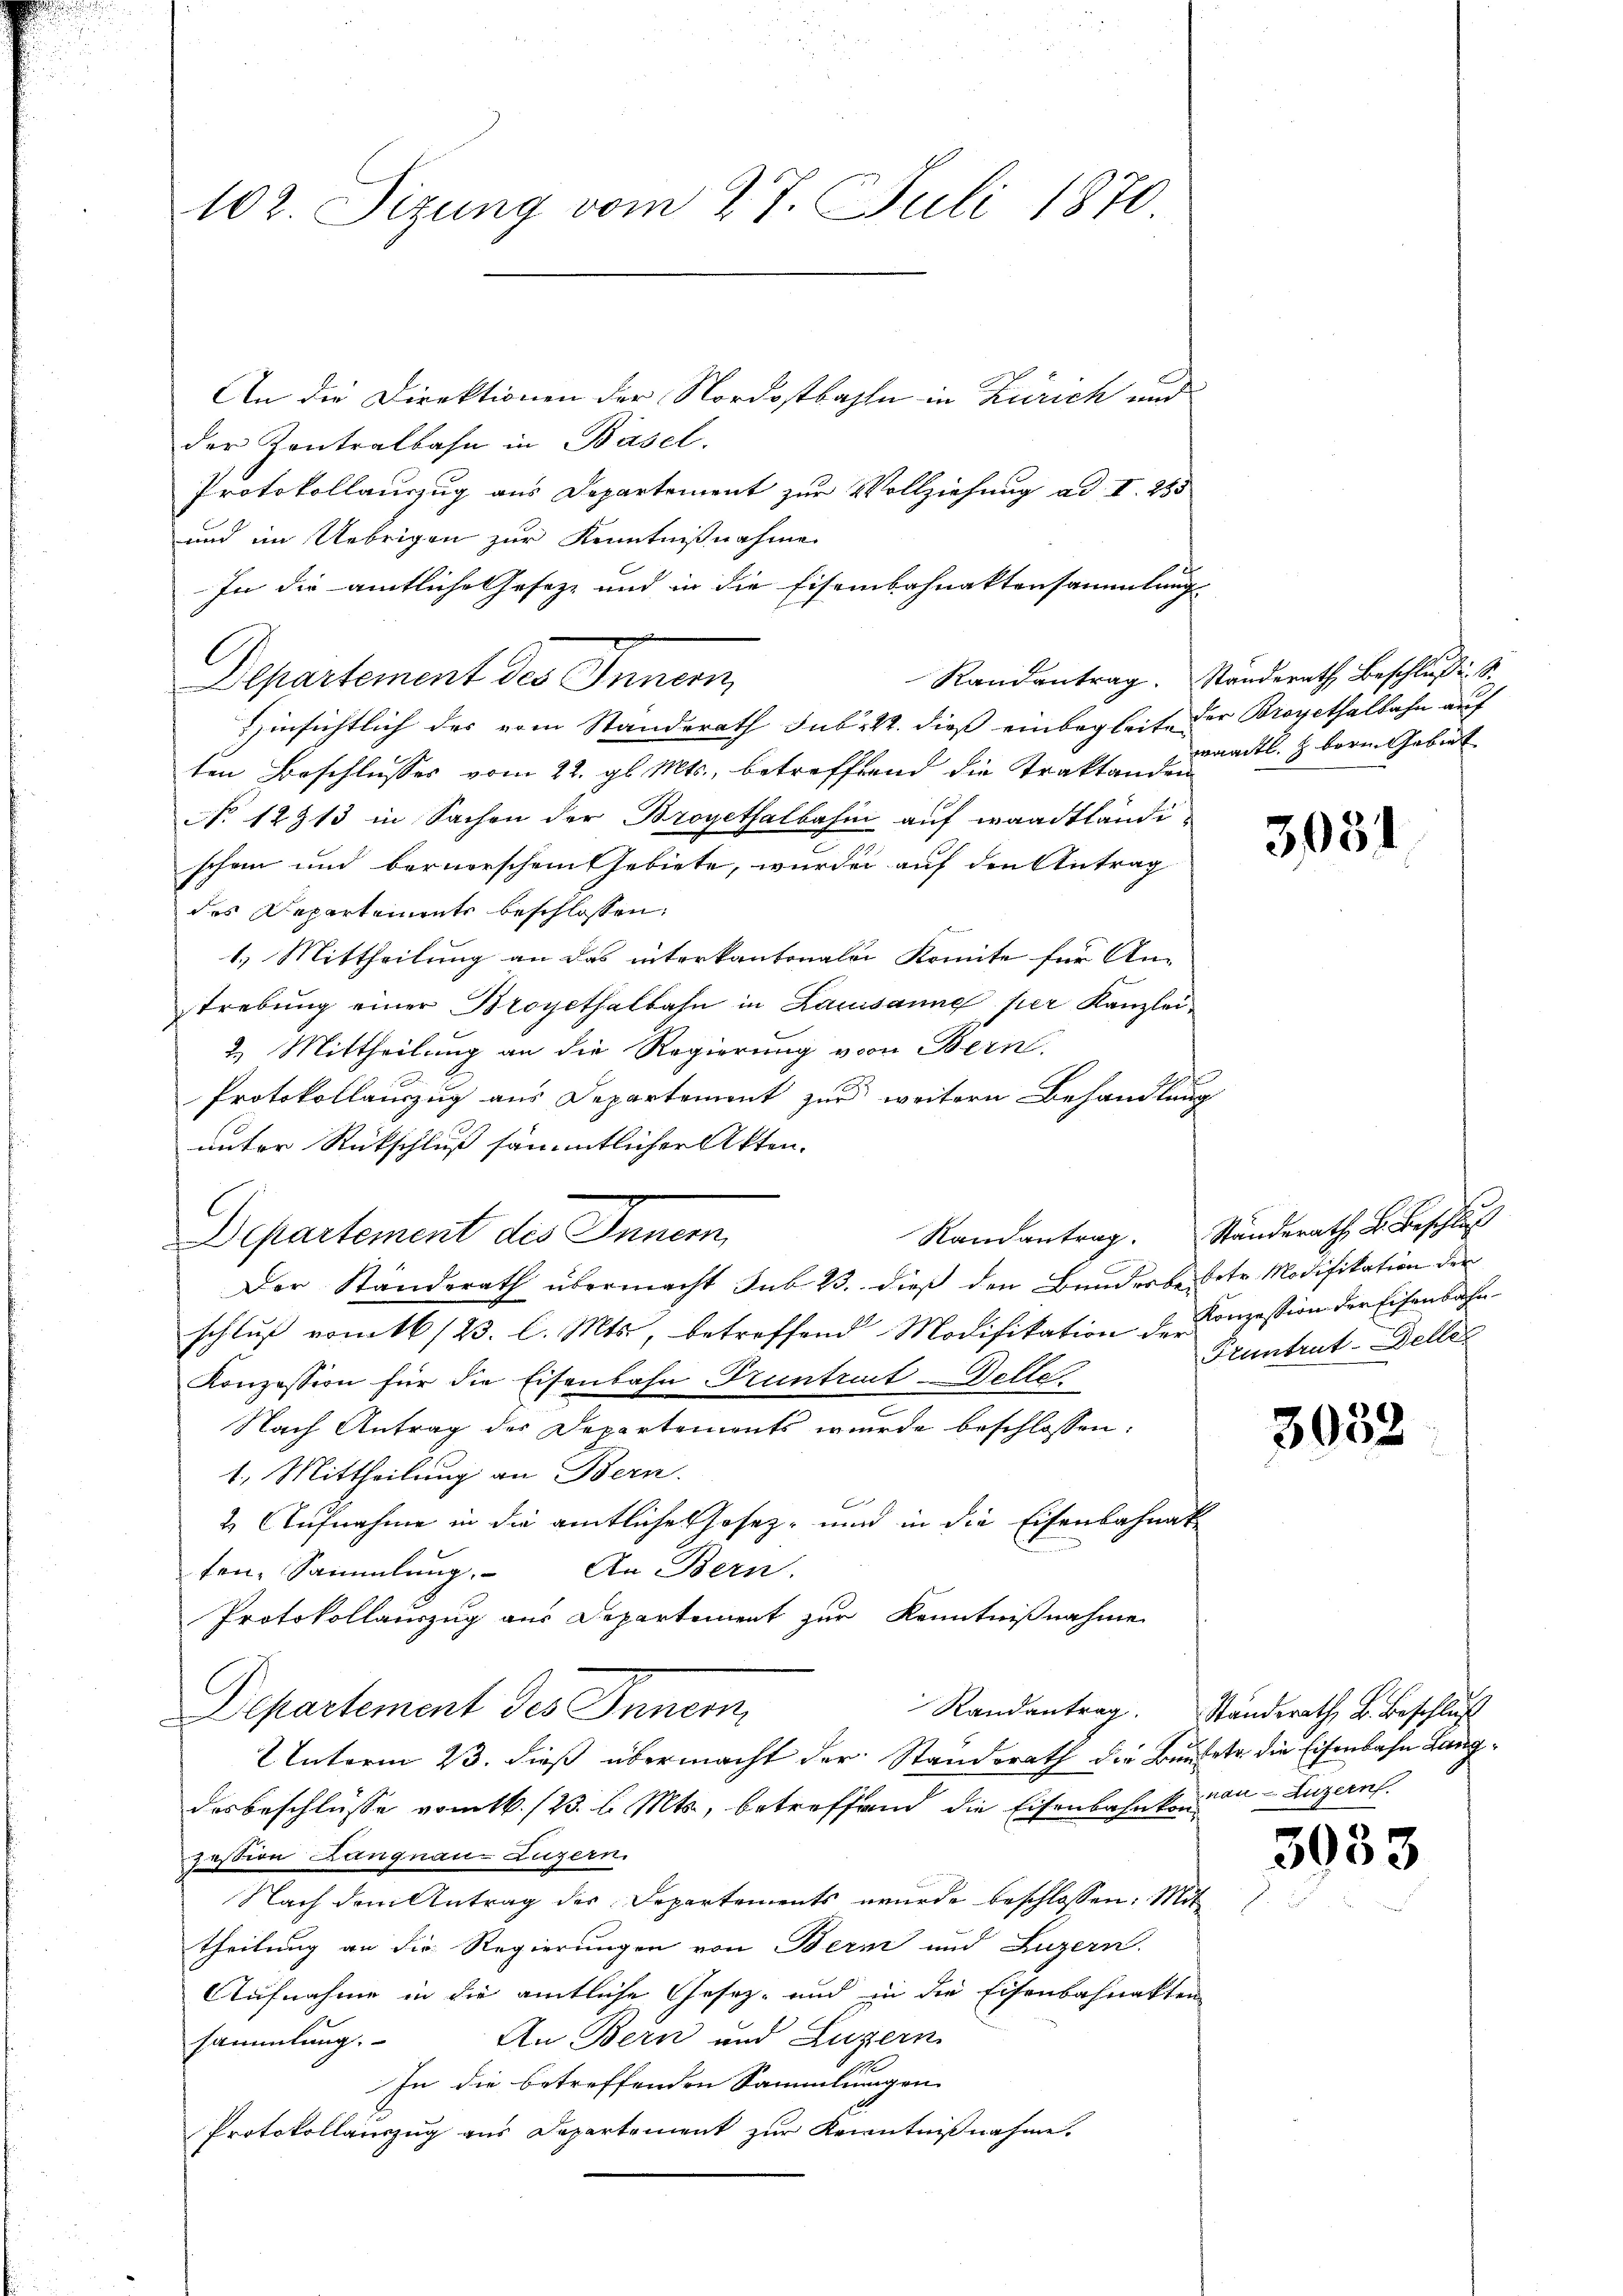
102. Sizung vom 27. Juli 1870

An die Direktionen der Nordostbahn in Zürich und
der Kontralbahn in Basel.
Protokollauszug aus Departement zur Vollziehung ad I. 285
und im Uebrigen zur Kenntnißnahme
In die amtliche Geseze und in die Eisenbahnaktensammlung
Departement des Innern
insichtlich des vom Standerath sub. 22. dieß einbegleite der Bropethalbahn auf
ten Beschlusses vom 22. gl. Mts., betreffend die Traktanden
No 12913 in Sachen der Brogethalbahn auf waadtlände
schon und bernerschem Gebiete, wurde auf den Antrag
des Departements beschlossen:
1.) Mittheilung an das interkantonalen Komite für An-
strebung einer Brogethalbahn in Lausanne per Kanzlei
2. Mittheilung an die Regierung von Bern.
Protokollauszug aus Departement zur weitern Behandlung
unter Rückschluß sämmtlicher Akten.
Departement des Innern,
Der Standerath übermacht Sub 23. dieß den Bunderbeiter Modifikation der
schlŭβ vom 16/23. l. Mts., betreffend Modifikation der Konzession der Eisenbahn¬
Konzession für die Eisenbahn Huntrut-Delte
Nach Antrag der Departements wurde beschlossen:
1. Mittheilung an Bern.
t
2. Aufnahme in die amtliche Hosez- und in die Eisenbahnak
fen-Sammlung. An Bern.
Protokollauszug aus Departement zur Kenntnißnahme
Departement des Innern,
2 Interm 23. dieß übermacht der Standsrath die Bautete die Eisenbahn Langdesbeschlüsse vom 16./23. l. Mts., betreffend die Eisenbahnkommen Luzern.
zession Langnau-Luzern.
Nach dem Antrag der Departements wurde beschlossen: Mit
theilung an die Regierungen von Bern und Luzern.
Aufnahme in die amtliche Gesetz- und in die Eisenbahnakten
An Bern und Luzern
sammlung.
In die betreffenden Sammlungen
Protokollauszug aus Departement zur Kenntnißnahme.

.

Randantrag. Standerath Beschluss. S.
waadtl. z. bern Gebiet

3051

Randantrag. Ständerath B. Beschluß
Huntrut-Deller

3039

Randantrag. Standerath B. Beschluß

593.